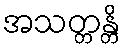
အသတ္တန္တိ